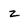
Character: z